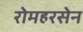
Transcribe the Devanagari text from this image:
रोमहरसेन